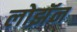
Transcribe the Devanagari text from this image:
लोझॅन